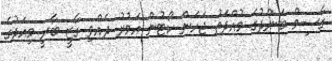
ގާސިމް ބަންދުގެ މުއްދަތު ޖަހަން ކޯޓުން އަމުރު ދެއްވި ގާޒީ ބާރީ މިއަދުގެ